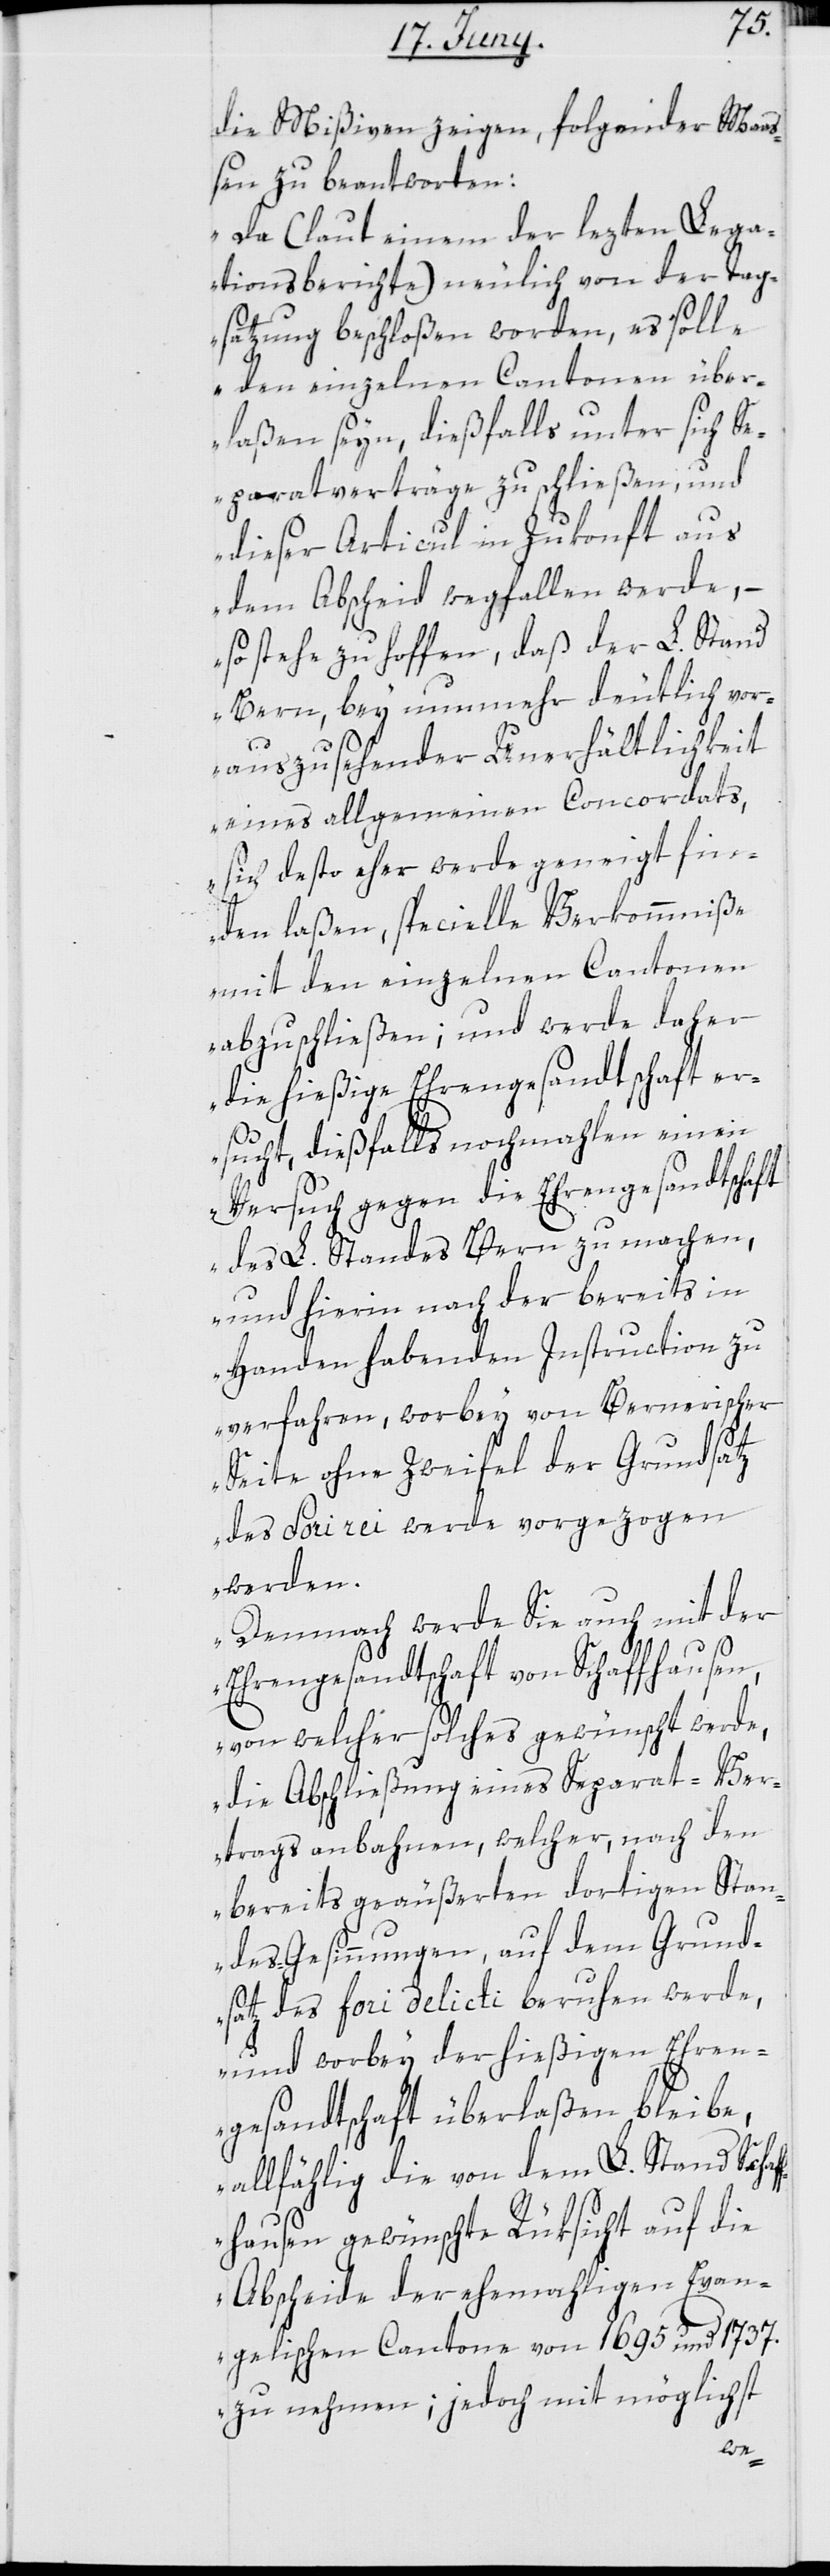
die Mißiven zeigen, folgender Maa¬
ßen zu beantworten:
„Da (laut einem der lezten Lega¬
tionsberichte) neulich von den Tag¬
satzung beschloßen worden, es solle
den einzelnen Cantonen über¬
laßen seyn, dießfalls unter sich Se¬
paratverträge zu schließen, und
dieser Articul in Zukonft aus
dem Abscheid wegfallen werde,
so stehe zu hoffen, daß der L. Stand
Bern, bey nunmehr deutlich vor¬
auszusehender Unerhältlichkeit
eines allgemeinen Concordats,
sich desto eher werde geneigt fin¬
den laßen, specielle Verkommniße
mit den einzelnen Cantonen
abzuschließen; und werde daher
die hießige Ehrengesandtschaft er¬
sucht, dießfalls nochmahlen einen
Versuch gegen die Ehrengesandtschaft
des L. Standes Bern zu machen,
und hierin nach der bereits in
Handen habenden Instruction zu
verfahren, worbey von Bernerischer
Seite ohne Zweifel der Grundsatz
des Fori rei werde vorgezogen
werden.
Demnach werde Sie auch mit der
Ehrengesandtschaft von Schaffhausen,
von welcher solches gewünscht werde,
die Abschließung eines Separat-Ver¬
trags anbahnen, welcher, nach den
bereits geäußerten dortigen Stan¬
des-Gesinnungen, auf dem Grund¬
satz des fori delicti beruhen werde,
und worbey der hießigen Ehren¬
gesandtschaft überlaßen bleibe,
allfählig die von dem L. Stand Schaf¬
fhausen gewünschte Rüksicht auf die
Abscheide der ehemaligen Evan¬
gelischen Cantone von 1695 und 1737.
zu nehmen; jedoch mit möglichst